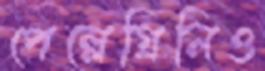
পেল্লেগ্রিনিও